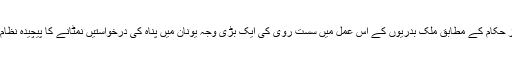
ایتھنز حکام کے مطابق ملک بدریوں کے اس عمل میں سست روی کی ایک بڑی وجہ یونان میں پناہ کی درخواستیں نمٹانے کا پیچیدہ نظام ہے۔